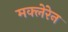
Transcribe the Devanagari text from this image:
मक्लेरेन